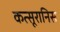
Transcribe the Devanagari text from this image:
कत्सूरानिस